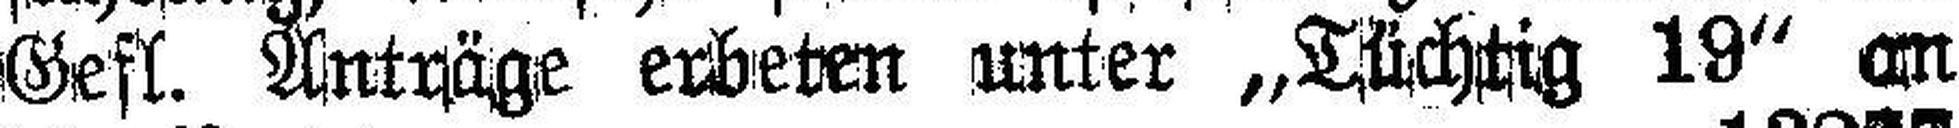
Gefl. Anträge erbeten unter „Tüchtig 19“ an